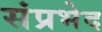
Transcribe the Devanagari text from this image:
संप्रभेद